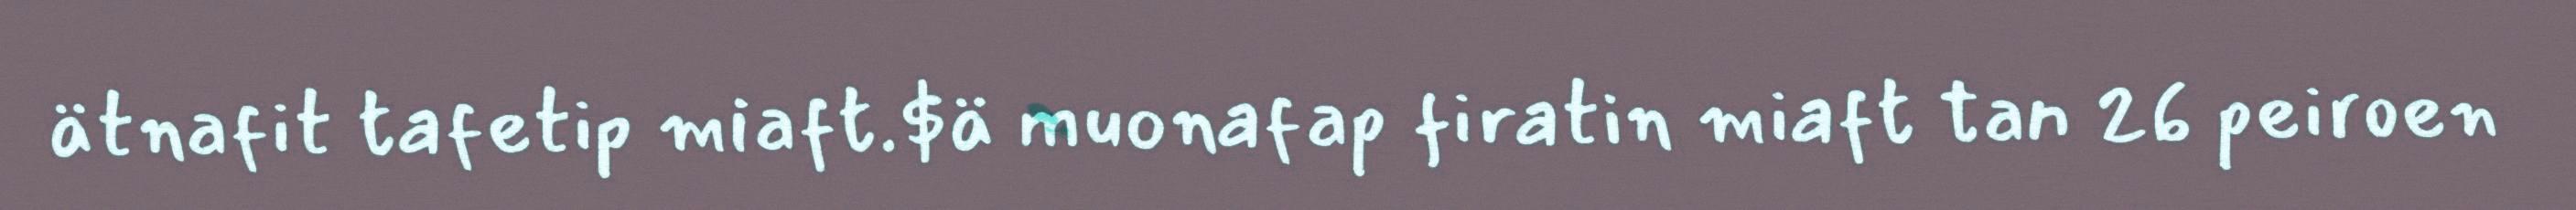
ätnafit tafetip miaft.$ä muonafap firatin miaft tan 26 peiroen